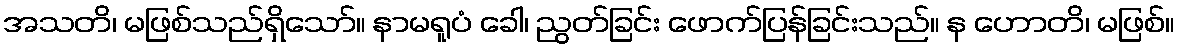
အသတိ၊ မဖြစ်သည်ရှိသော်။ နာမရူပံ ခေါ၊ ညွတ်ခြင်း ဖောက်ပြန်ခြင်းသည်။ န ဟောတိ၊ မဖြစ်။